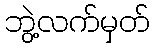
ဘွဲ့လက်မှတ်